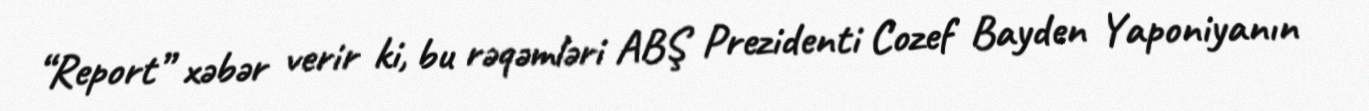
“Report” xəbər verir ki, bu rəqəmləri ABŞ Prezidenti Cozef Bayden Yaponiyanın